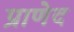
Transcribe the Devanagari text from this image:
प्राणेद